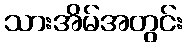
သားအိမ်အတွင်း